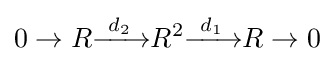
0\to R{\xrightarrow {\ d_{2}\ }}R^{2}{\xrightarrow {\ d_{1}\ }}R\to 0